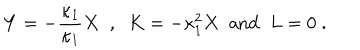
Y = - \frac { \dot { \kappa } _ { 1 } } { \kappa _ { 1 } } X \; \; , \; \; K = - \kappa _ { 1 } ^ { 2 } X \; \; \mathrm { a n d } \; \; L = 0 \; .